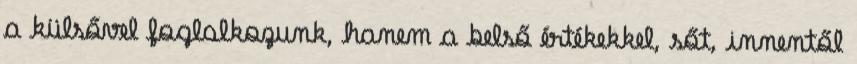
a külsővel foglalkozunk, hanem a belső értékekkel, sőt, innentől